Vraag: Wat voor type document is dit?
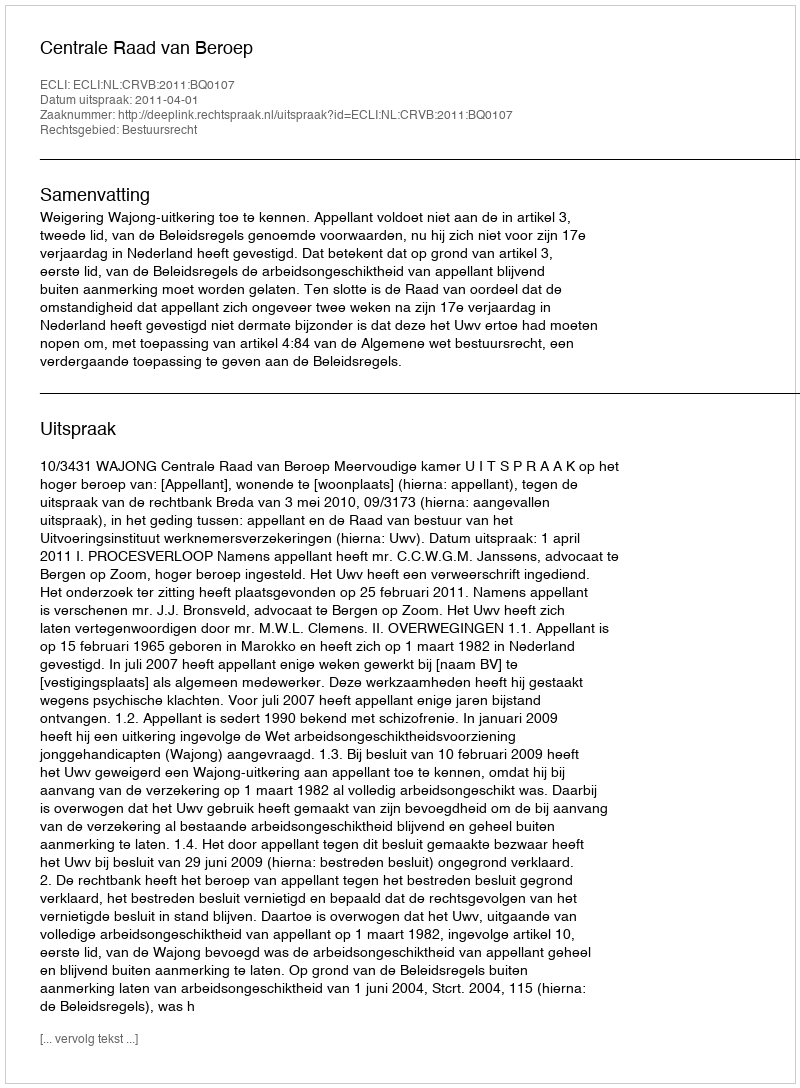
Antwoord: Uitspraak